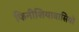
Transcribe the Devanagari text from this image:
फिनीशियावासियों